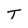
Character: T